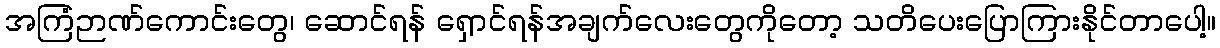
အကြံဉာဏ်ကောင်းတွေ၊ ဆောင်ရန် ရှောင်ရန်အချက်လေးတွေကိုတော့ သတိပေးပြောကြားနိုင်တာပေါ့။